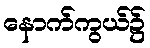
နောက်ကွယ်၌